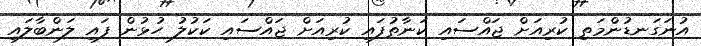
އުނަގަނޑުންމަތި ކުރިއަށް ޖައްސައި ކަނާތުފައި ކުރިއަށް ޖައްސައި ކަކުލު ހުޅުން ފައި ލަންބާލައި